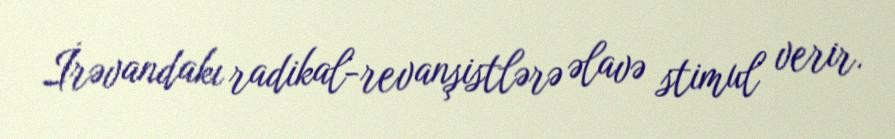
İrəvandakı radikal-revanşistlərə əlavə stimul verir.